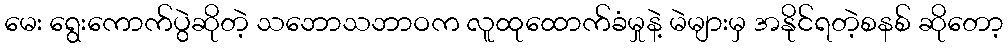
မေး ရွေးကောက်ပွဲဆိုတဲ့ သဘောသဘာဝက လူထုထောက်ခံမှုနဲ့ မဲများမှ အနိုင်ရတဲ့စနစ် ဆိုတော့